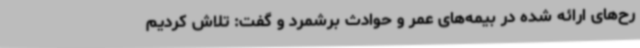
رح‌های ارائه شده در بیمه‌های عمر و حوادث برشمرد و گفت: تلاش کردیم